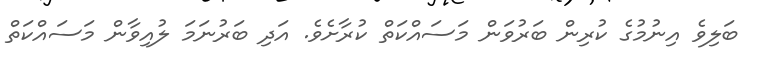
ބަލިވެ އިނުމުގެ ކުރިން ބަރުވަން މަސައްކަތް ކުރާށެވެ. އަދި ބަރުނަމަ ލުއިވާން މަސައްކަތް